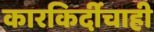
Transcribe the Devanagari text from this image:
कारकिर्दीचाही